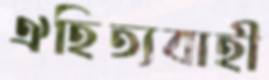
ঐহিত্যবাহী